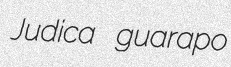
Judica guarapo